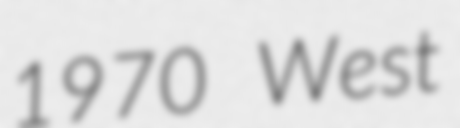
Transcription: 1970 West